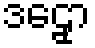
ဒဠှော